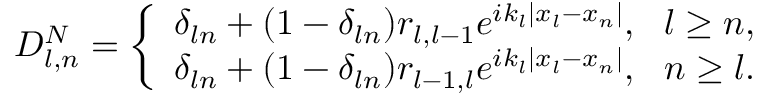
D _ { l , n } ^ { N } = \left\{ \begin{array} { l l } { \delta _ { l n } + ( 1 - \delta _ { l n } ) r _ { l , l - 1 } e ^ { i k _ { l } | x _ { l } - x _ { n } | } , \ \ l \ge n , } \\ { \delta _ { l n } + ( 1 - \delta _ { l n } ) r _ { l - 1 , l } e ^ { i k _ { l } | x _ { l } - x _ { n } | } , \ \ n \ge l . } \end{array} \right.